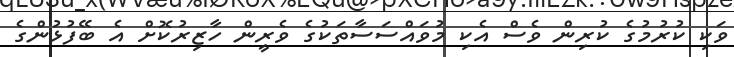
ވަކި ކުރުމުގެ ކުރިން ވެސް އެކި މުވައްސަސާތަކުގެ ވެރީން ހާޒިރުކޮށް އެ ބޭފުޅުންގެ